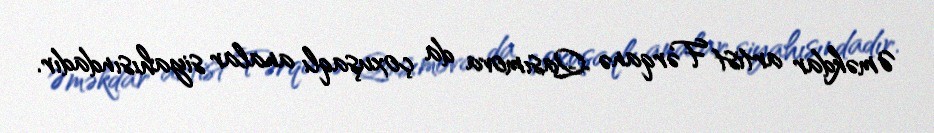
Əməkdar artist Fərqanə Qasımova da çoxuşaqlı analar siyahısındadır.